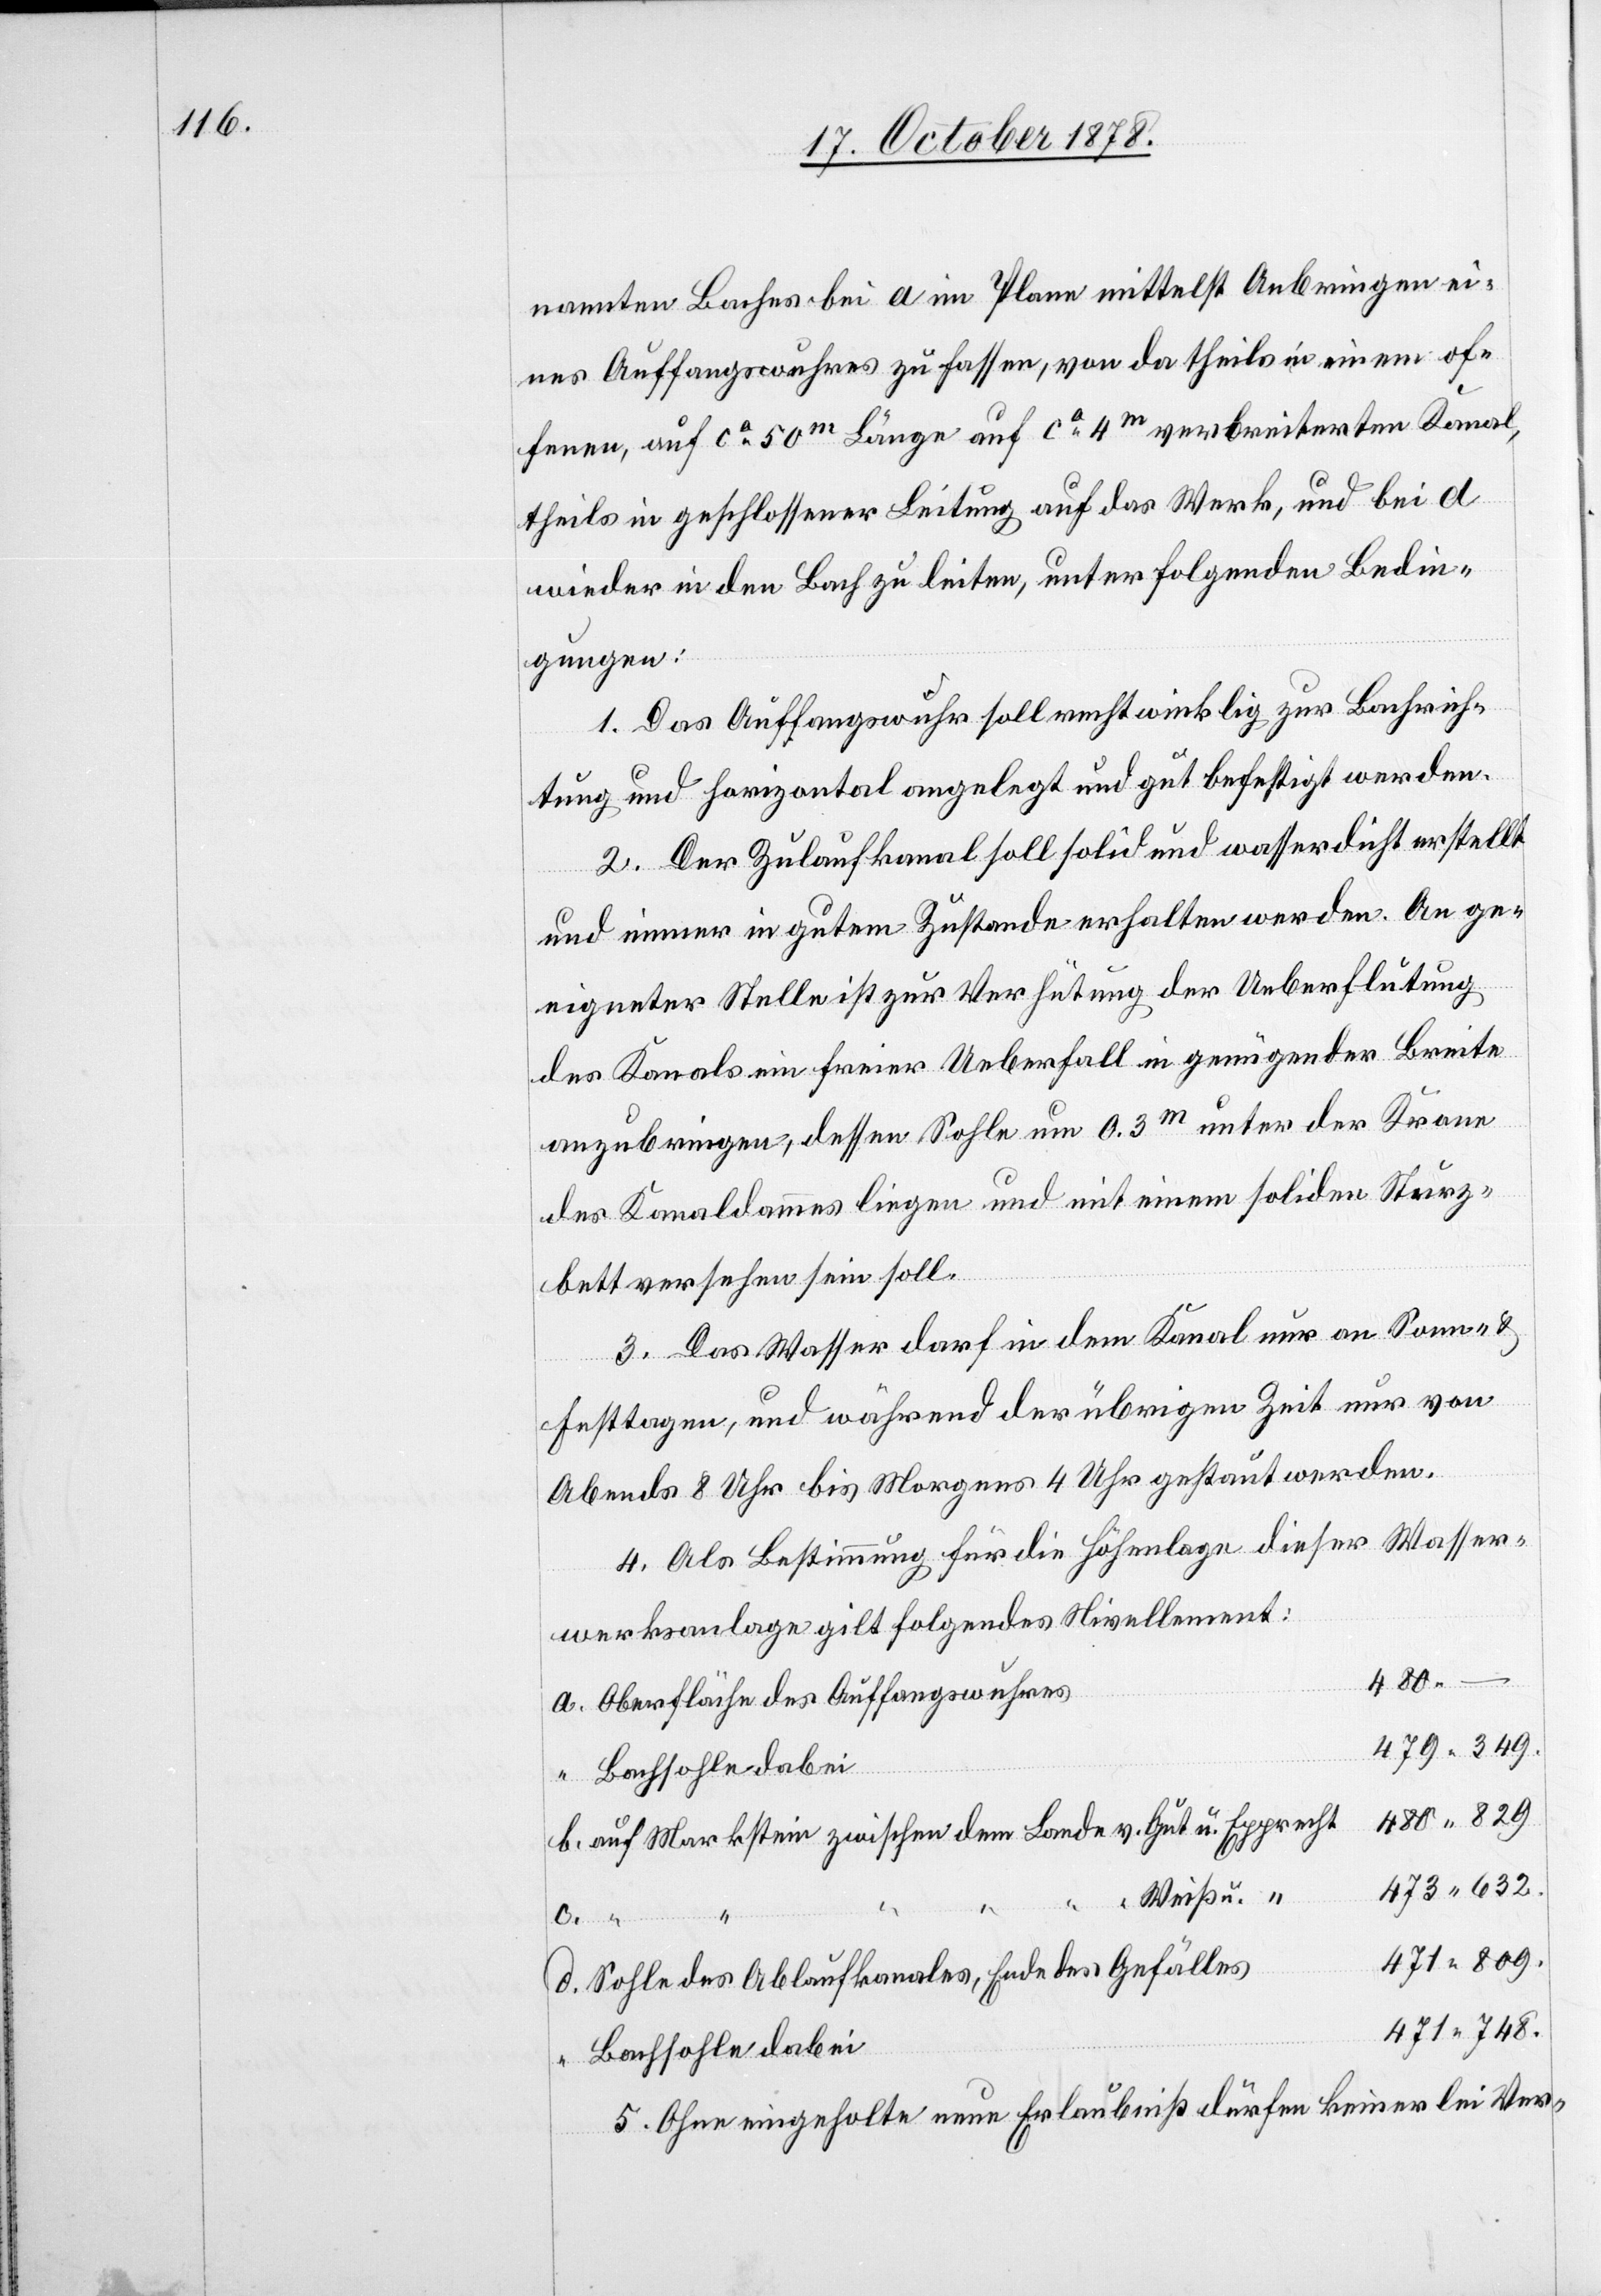
nannten Baches bei a im Plane mittelst Anbringen ei¬
nes Auffangwuhres zu fassen, von da theils in einem of¬
fenen, auf ca 50m Länge auf ca 4m verbreiterten Kanal,
theils in geschlossener Leitung auf das Werk, und bei d
wieder in den Bach zu leiten, unter folgenden Bedin¬
gungen:
1. Das Auffangswuhr soll rechtwinklig zur Bachrich¬
tung und horizontal angelegt und gut befestigt werden.
2. Der Zulaufkanal soll solid und wasserdicht erstellt
und immer in gutem Zustande erhalten werden. An ge¬
eigneter Stelle ist zur Verhütung der Ueberflutung
des Kanals ein freier Ueberfall in genügender Breite
anzubringen, dessen Sohle um 0.3m unter der Krone
des Kanaldammes liegen und mit einem soliden Sturz¬
bett versehen sein soll.
3. Das Wasser darf in dem Kanal nur an Sonn- &
festtagen, und während der übrigen Zeit nur von
Abends 8 Uhr bis Morgens 4 Uhr gestaut werden.
4. Als Bestimmung für die Höhenlage dieser Wasser¬
werksanlage gilt folgendes Nivellement:
480
Oberfläche des Auffangwuhres
auf Markstein zwischen dem Lande v. Gut u. Epprecht
“ Weiß u.
d.
c.
Sohle des Ablaufkanales, Ende des Gefälles
Bachsohle dabei
5. Ohne eingeholte neue Erlaubniß dürfen keinerlei Ver-